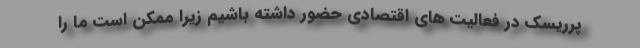
پرریسک در فعالیت های اقتصادی حضور داشته باشیم زیرا ممکن است ما را